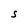
Character: S